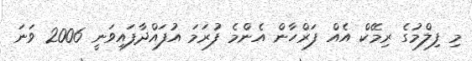
މި ފިލްމުގެ ރިމޭކް އެއް ފަރްހާން އެންމެ ފުރަމަ އުފައްދާފައިވަނީ 2006 ވަނަ